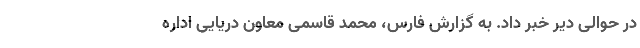
در حوالی دیر خبر داد. به گزارش فارس، محمد قاسمی معاون دریایی اداره